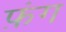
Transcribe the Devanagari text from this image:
फ़ंग